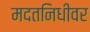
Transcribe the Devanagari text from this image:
मदतनिधीवर